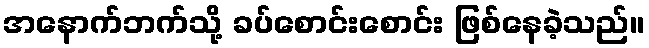
အနောက်ဘက်သို့ ခပ်စောင်းစောင်း ဖြစ်နေခဲ့သည်။